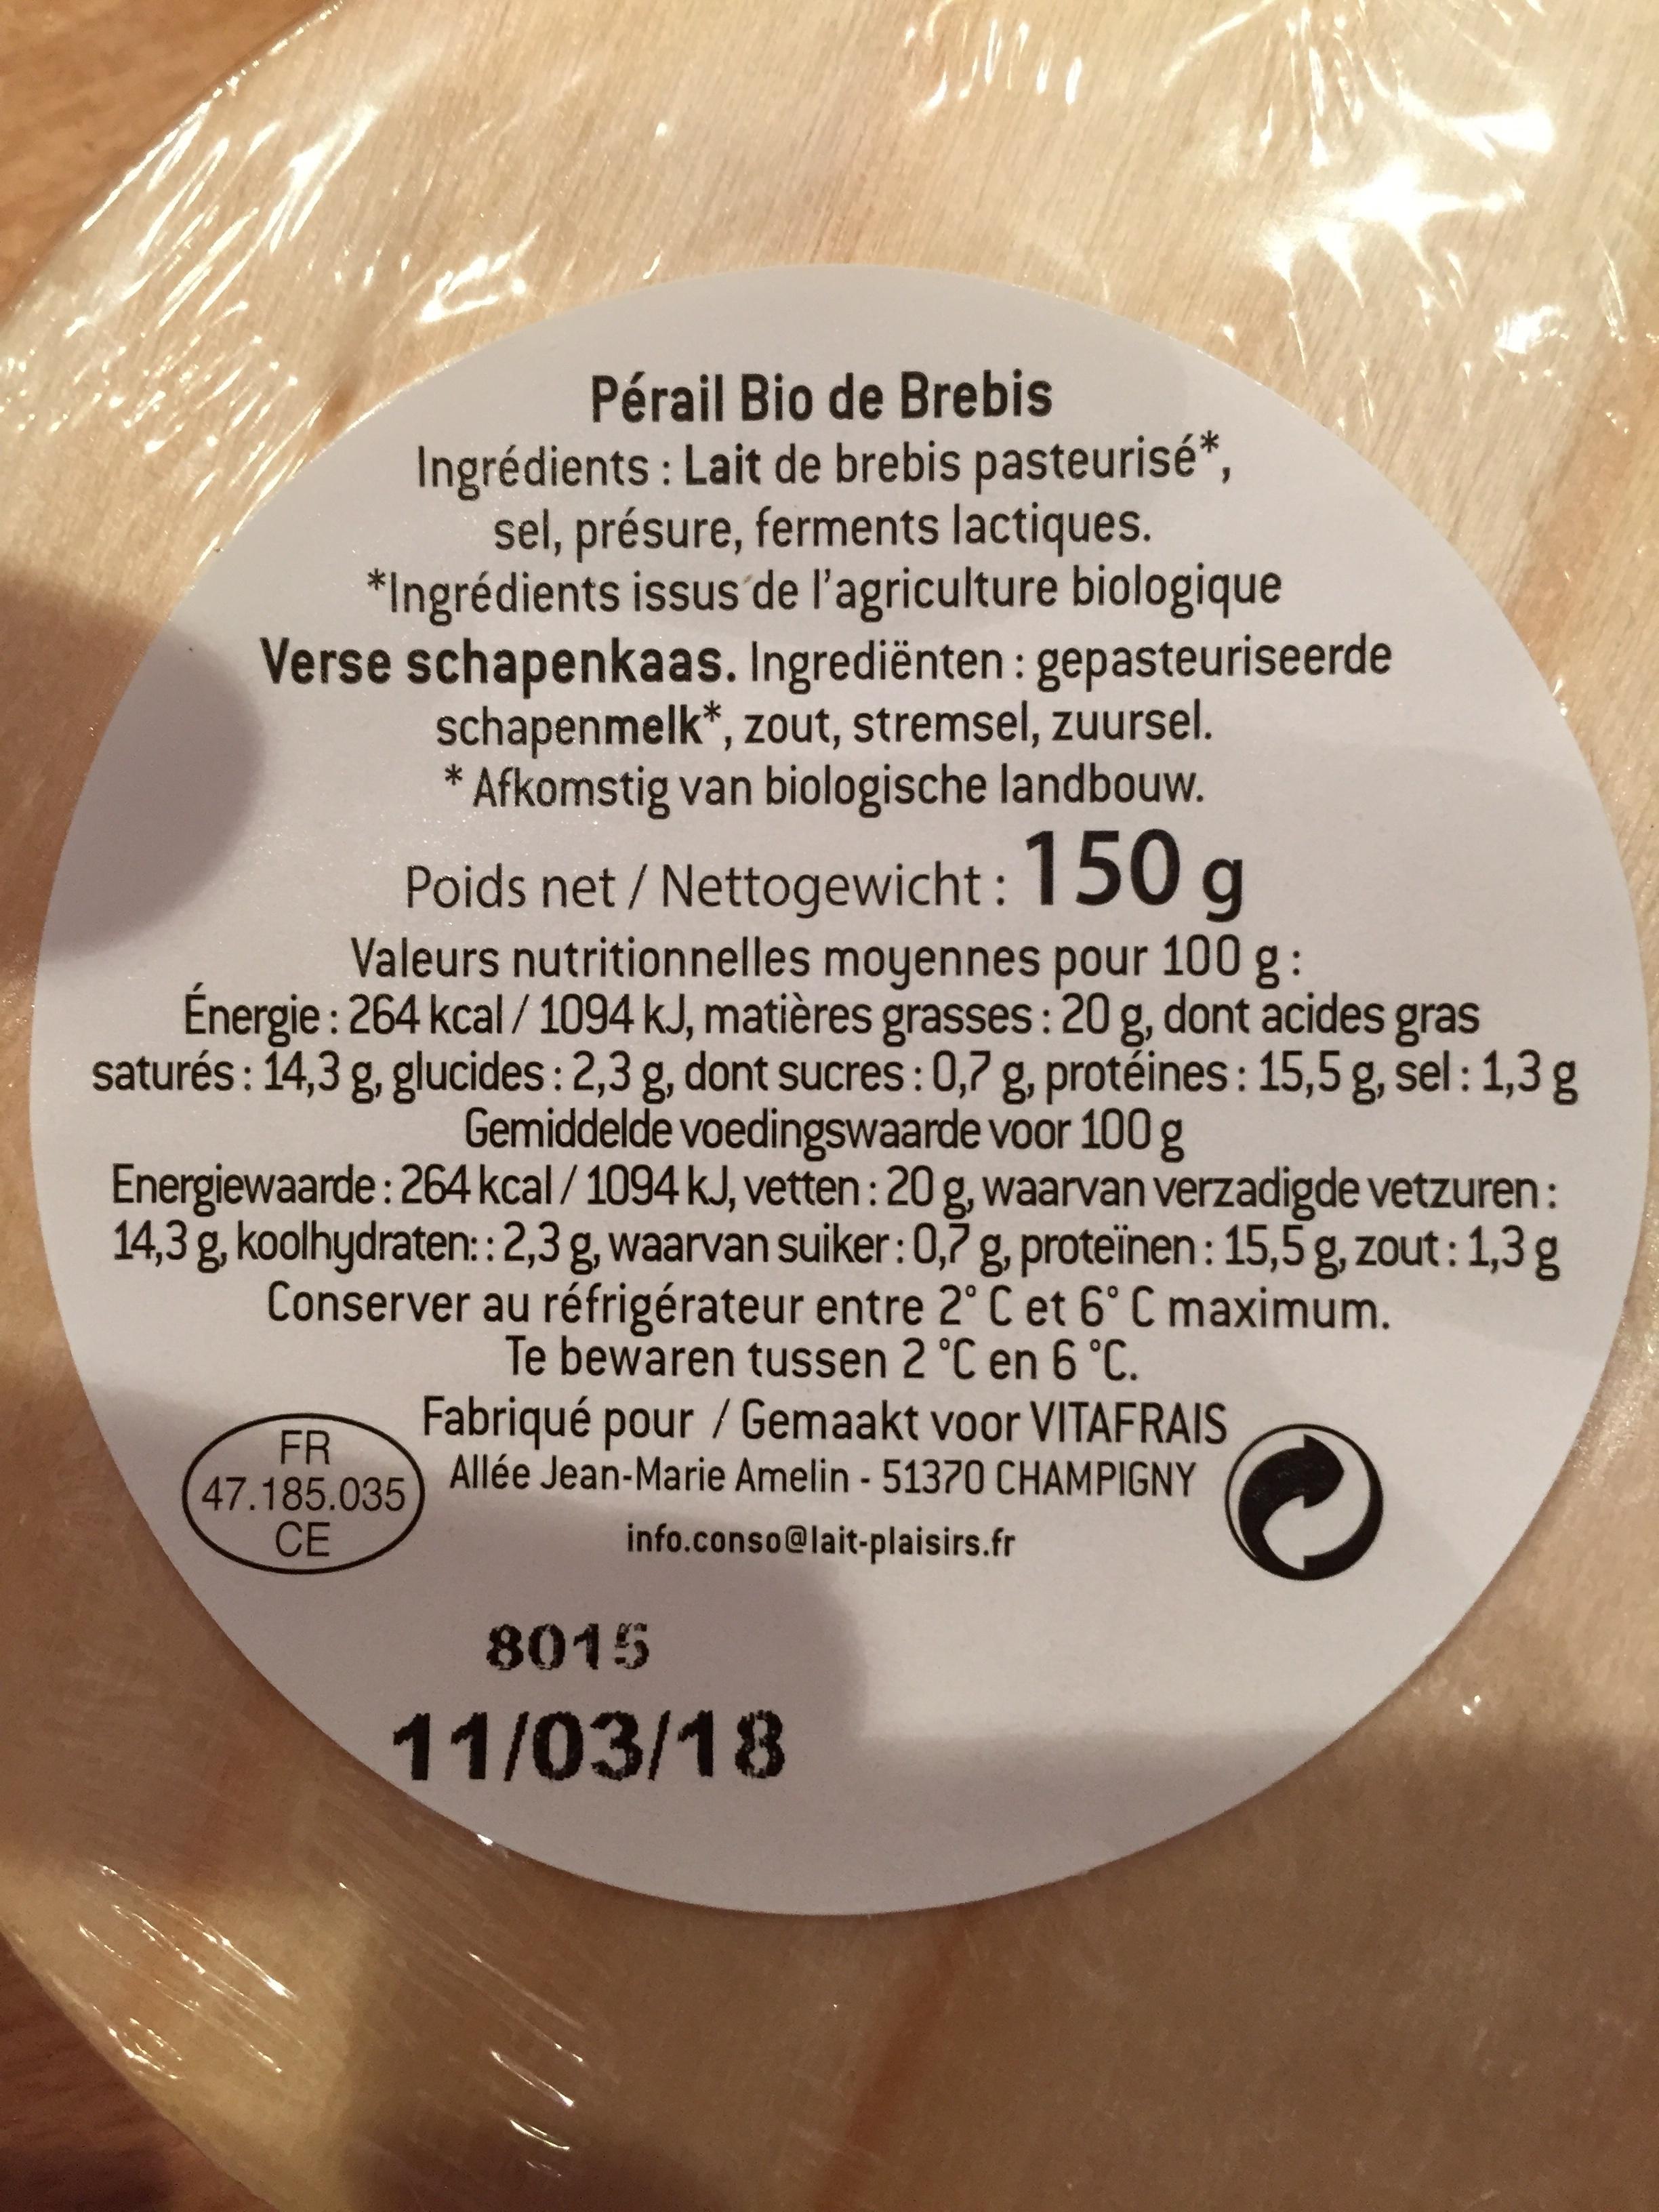
Pérail Bio de Brebis Ingrédients : Lait de brebis pasteurisé*, sel, présure, ferments lactiques. *Ingrédients issus de l'agriculture biologique Verse schapenkaas. Ingrediënten: gepasteuriseerde schapenmelk*, zout, stremsel, zuursel. Afkomstig van biologische landbouw.
*
Poids net / Nettogewicht: 150 g
Valeurs nutritionnelles moyennes pour 100 g: Énergie : 264 kcal/1094 kJ, matières grasses: 20 g, dont acides gras saturés: 14,3 g, glucides: 2,3 g, dont sucres: 0,7 g, protéines: 15,5 g, sel: 1,3 g Gemiddelde voedingswaarde voor 100 g
Energiewaarde: 264 kcal/1094 kJ, vetten: 20 g, waarvan verzadigde vetzuren: 14,3 g, koolhydraten:: 2,3 g, waarvan suiker: 0,7 g, proteïnen: 15,5 g, zout: 1,3 g Conserver au réfrigérateur entre 2° C et 6° C maximum.
Te bewaren tussen 2 °C en 6 °C.
FR 47.185.035
CE
Fabriqué pour / Gemaakt voor VITAFRAIS Allée Jean-Marie Amelin - 51370 CHAMPIGNY
info.conso@lait-plaisirs.fr
8015
11/03/18